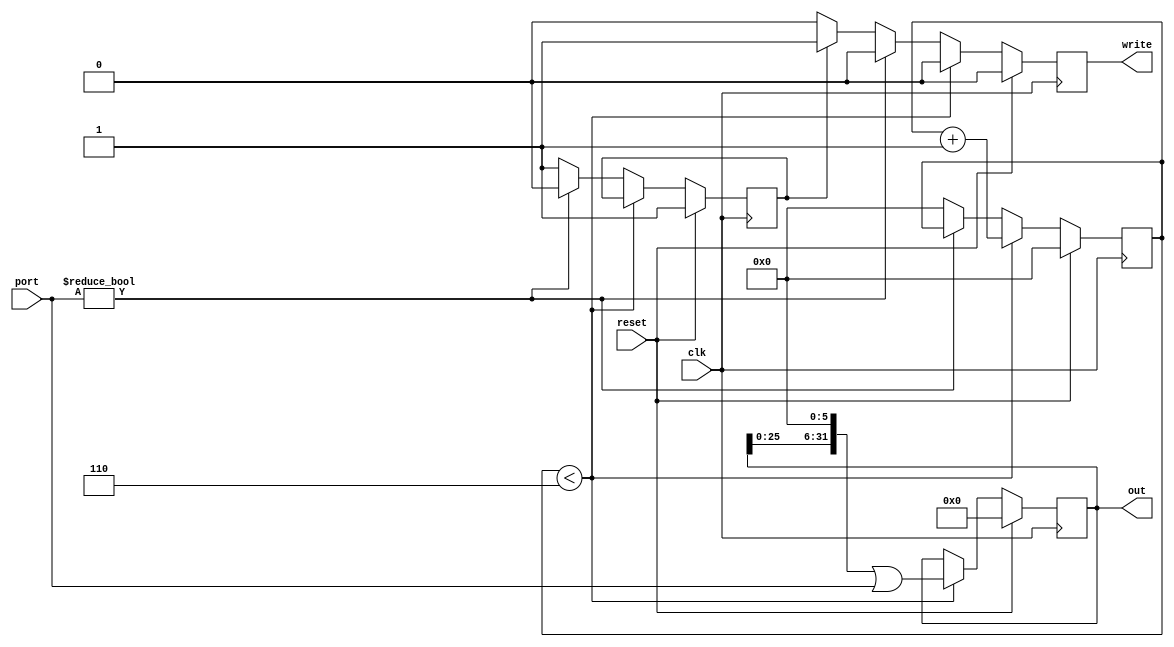
module comm_receiver(clk, reset, port, out, write);
	parameter inSize = 6, outSize = 32;

	input clk, reset;
	input [inSize-1:0] port; // Input port

	output reg [outSize-1:0] out = 0; // Packet output
	output reg write = 0;

	reg [outSize/inSize:0] received = 0;
	reg clear = 0;
	reg valid = 1;

	always @(posedge clk) begin
		write = 0;

		if (reset) begin
			out <= 0;
			received <= 0;
			clear <= 0;
			valid <= 1;
		end else if (received < (outSize/inSize + 1)) begin
			out <= (out << inSize) | port;
			received <= received+1;
		end else if (port) begin
			valid <= 0;
		end else begin
			if (valid)
				write = 1;
			received <= 0;
			valid <= 1;
		end
	end
endmodule